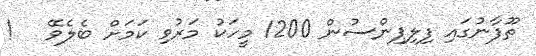
ތޫފާނުގައި ފިލިޕިންސުން 1200 މީހަކު މަރުވި ކަމަށް ބެލެވޭ   !